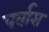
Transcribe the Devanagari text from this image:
पर्वास